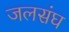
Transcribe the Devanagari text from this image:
जलसंघ